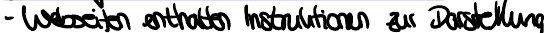
- Webseiten enthalten Intruktionen zur Darstellung